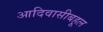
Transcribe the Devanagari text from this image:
आदिवासीबहूल